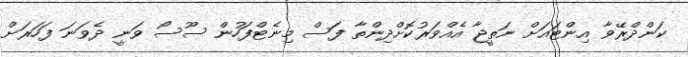
ކަންދްރޭވާ އިންޓައަށް ނަތީޖާ އެއްވަރުކޮށްދިންތާ ފަސް މިނެޓްފަހުން ސޫސޯ ވަނީ ދެވަނަ ފަހަރަށް